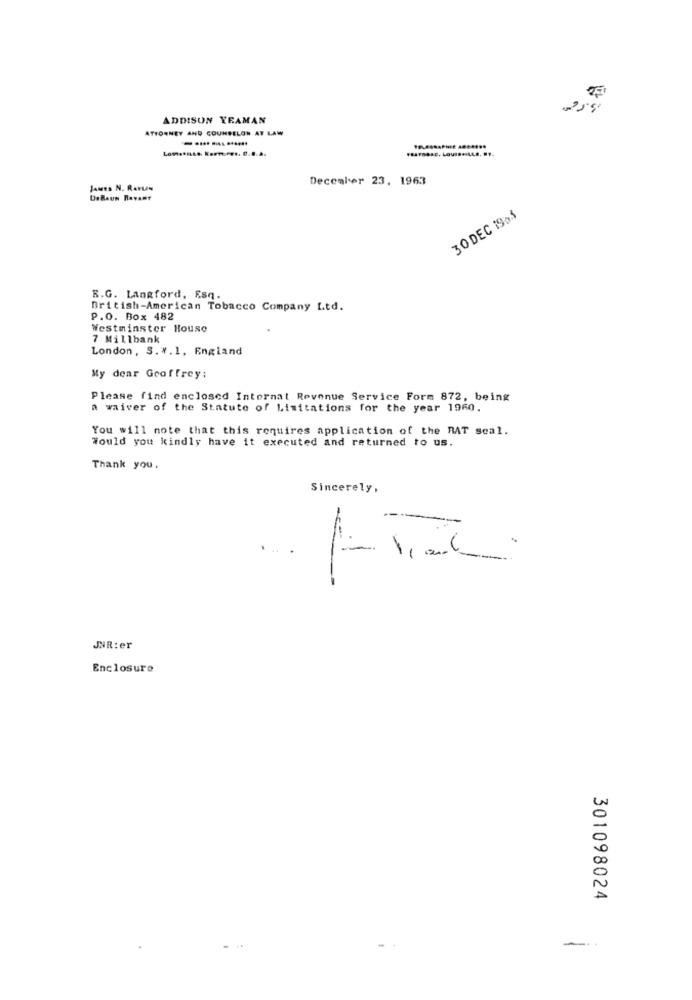
ADDISON YEAMAN
ATTORNEY AND COUNSELON AT LAW
December 23, 1963
Jours N. Renty
30 DEC 1905
R.G. Langford, Esq.
British-American Tobacco Company Ltd.
P.O. Box 482
Westminster House
7 Millbank
London, S. * . 1, England
My dear Geoffrey:
Please find enclosed Internal Revenue Service Form 872, being
a waiver of the Statute of Limitations for the year 1960.
You will note that this requires application of the RAT scal.
Would you kindly have it executed and returned to us.
Thank you.
Sincerely,
..
JNR: er
Enclosure
301098024